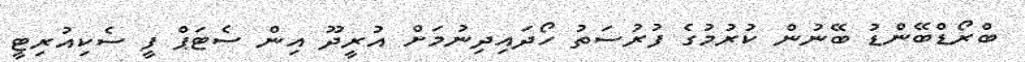
ބްރޯޑްބޭންޑު ބޭނުން ކުރުމުގެ ފުރުސަތު ހޯދައިދިނުމަށް އުރީދޫ އިން ސެޓަޕް ފީ ސެކިއުރިޓީ